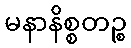
မနာနိစ္စတဉ္စ